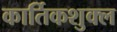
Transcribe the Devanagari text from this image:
कार्तिकशुक्ल